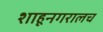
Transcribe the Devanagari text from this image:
शाहूनगरालच